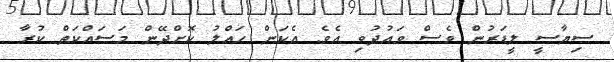
ސިޔާސީ ލީޑަރުން ވެސް ވައުދުވި އެވެ. އެކަން ހައްލު ކޮށްދޭން މަސައްކަތް ކުރާ